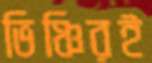
ভিঞ্চিরই